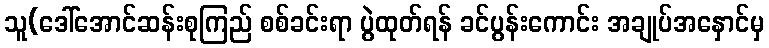
သူ(ဒေါ်အောင်ဆန်းစုကြည် စစ်ခင်းရာ ပွဲထုတ်ရန် ခင်ပွန်းကောင်း အချုပ်အနှောင်မှ